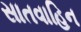
સાતવાહિન